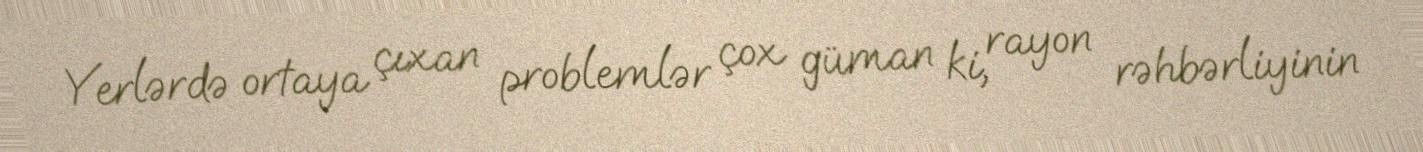
Yerlərdə ortaya çıxan problemlər çox güman ki, rayon rəhbərliyinin